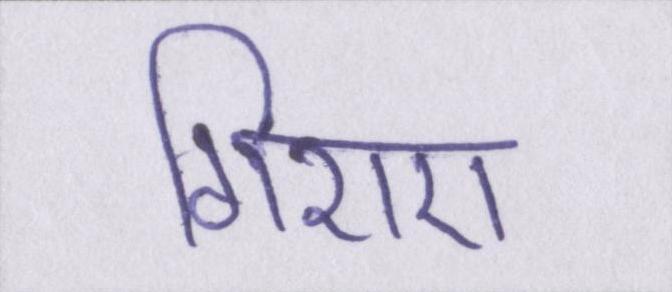
गिराए